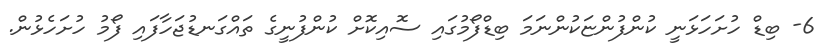
6- ބިޑް ހުށަހަޅަނީ ކުންފުންޏަކުންނަމަ ބިޑްފޯމުގައި ސޮއިކޮށް ކުންފުނީގެ ތައްގަނޑުޖަހާފައި ފޯމު ހުށަހެޅުން.